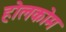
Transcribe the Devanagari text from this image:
होलकोम